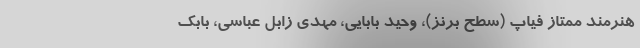
هنرمند ممتاز فیاپ (سطح برنز)، وحید بابایی، مهدی زابل عباسی، بابک